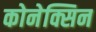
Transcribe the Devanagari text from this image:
कोनेक्सिन